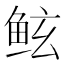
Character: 𱇢